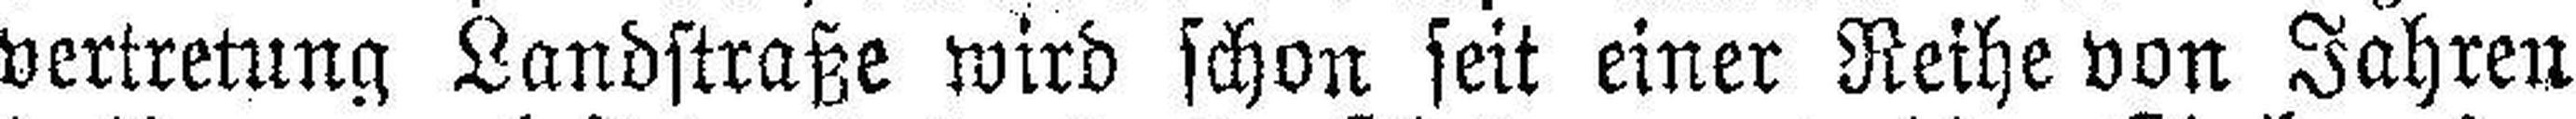
vertretung Landstraße wird schon seit einer Reihe von Jahren